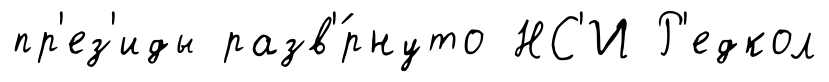
пр'ез'иды разв'́рнуто НС'И Р'едкол